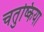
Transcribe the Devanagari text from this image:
चतुष्किया